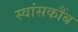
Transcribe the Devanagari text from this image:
स्वांसकौंब